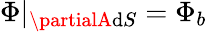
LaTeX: \Phi|_{\partialA\mathrm{d}S}=\Phi_{b}